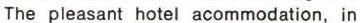
The pleasant hotel acommodation, in